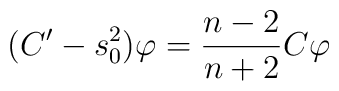
(C'-s_0^2) \varphi = \frac{n-2}{n+2} C\varphi